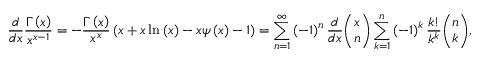
\frac { d } { d x } \frac { \Gamma \left( x \right) } { x ^ { x - 1 } } = - \frac { \Gamma \left( x \right) } { x ^ { x } } \left( x + x \ln \left( x \right) - x \psi \left( x \right) - 1 \right) = \sum _ { n = 1 } ^ { \infty } \left( - 1 \right) ^ { n } \frac { d } { d x } { \binom { x } { n } } \sum _ { k = 1 } ^ { n } \left( - 1 \right) ^ { k } \frac { k ! } { k ^ { k } } { \binom { n } { k } } ,